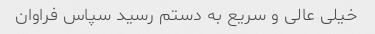
خیلی عالی و سریع به دستم رسید سپاس فراوان